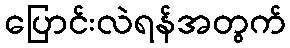
ပြောင်းလဲရန်အတွက်